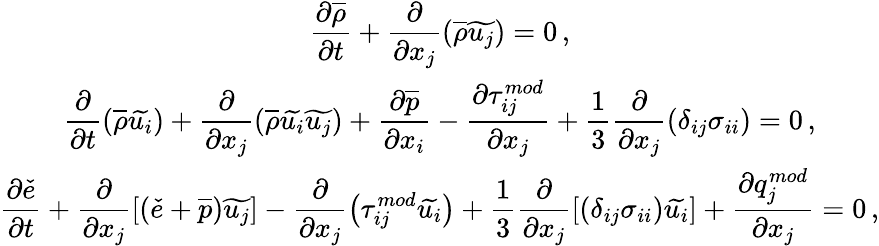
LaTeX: \begin{array}{c}{\displaystyle\frac{\partial\overline{{\rho}}}{\partial t}+\frac{\partial}{\partial x_{j}}\left(\overline{{\rho}}\widetilde{u_{j}}\right)=0\, \mathrm{,}}\\ {\displaystyle\frac{\partial}{\partial t}\left(\overline{{\rho}}\widetilde{u_{i}}\right)+\frac{\partial}{\partial x_{j}}\left(\overline{{\rho}}\widetilde{u_{i}}\widetilde{u_{j}}\right)+\frac{\partial\overline{{p}}}{\partial x_{i}}-\frac{\partial{\tau}_{ij}^{mod}}{\partial x_{j}}+\frac{1}{3}\frac{\partial}{\partial x_{j}}\left({\delta}_{ij}\sigma_{ii}\right)=0\, \mathrm{,}}\\ {\displaystyle\frac{\partial\check{e}}{\partial t}+\frac{\partial}{\partial x_{j}}\left[\left(\check{e}+\overline{{p}}\right)\widetilde{u_{j}}\right]-\frac{\partial}{\partial x_{j}}\left({\tau}_{ij}^{mod}\widetilde{u_{i}}\right)+\frac{1}{3}\frac{\partial}{\partial x_{j}}\left[\left(\delta_{ij}{\sigma}_{ii}\right)\widetilde{u_{i}}\right]+\frac{\partial{q}_{j}^{mod}}{\partial x_{j}}=0\, \mathrm{,}}\end{array}